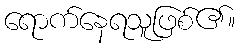
ရောက်နေရသူဖြစ်၏။